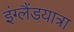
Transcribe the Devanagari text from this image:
इंग्लैंडयात्रा